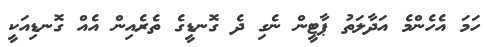
ހަމަ އެހެންމެ އަދާލަތު ޕާޓީން ނެގި ދެ ގޮނޑީގެ ތެރެއިން އެއް ގޮނޑިއަކީ